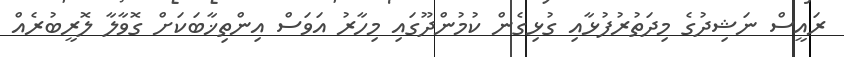
ރައީސް ނަޝިދުގެ މިދަތުރުފުޅާއި ގުޅިގެން ކުމުންދޫގައި މިހާރު އަވަސް އިންތިޚާބަކަށް ގޮވާލާ ލޮރީބުރެއް